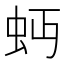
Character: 𧉄